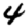
Digit: 4